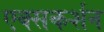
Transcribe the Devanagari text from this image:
एक्सकर्शन